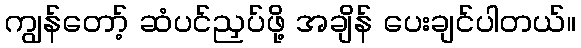
ကျွန်တော့် ဆံပင်ညှပ်ဖို့ အချိန် ပေးချင်ပါတယ်။